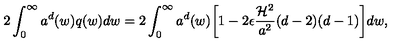
2 \int _ { 0 } ^ { \infty } a ^ { d } ( w ) q ( w ) d w = 2 \int _ { 0 } ^ { \infty } a ^ { d } ( w ) \biggl [ 1 - 2 \epsilon \frac { { \cal H } ^ { 2 } } { a ^ { 2 } } ( d - 2 ) ( d - 1 ) \biggr ] d w ,